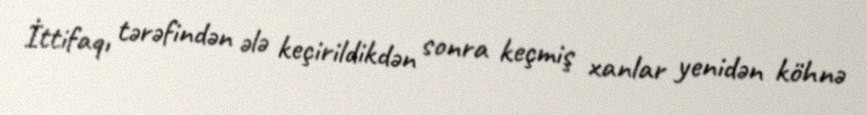
İttifaqı tərəfindən ələ keçirildikdən sonra keçmiş xanlar yenidən köhnə